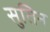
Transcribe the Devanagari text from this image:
सुतिन